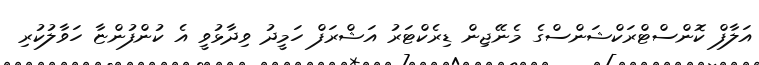
އަލާފް ކޮންސްޓްރަކްޝަންސްގެ މެނޭޖިން ޑިރެކްޓަރު އަޝްރަފް ހަމީދު ވިދާޅުވީ އެ ކުންފުންޏާ ހަވާލުކުރި